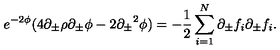
e ^ { - 2 \phi } ( 4 \partial _ { \pm } \rho \partial _ { \pm } \phi - 2 { \partial _ { \pm } } ^ { 2 } \phi ) = - { \frac { 1 } { 2 } } \sum _ { i = 1 } ^ { N } \partial _ { \pm } f _ { i } \partial _ { \pm } f _ { i } .